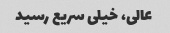
عالی، خیلی سریع رسید